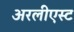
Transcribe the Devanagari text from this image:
अरलीएस्ट